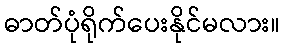
ဓာတ်ပုံရိုက်ပေးနိုင်မလား။